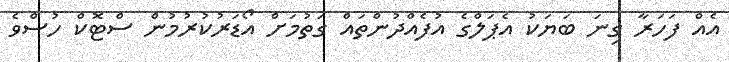
އެއް ފަހަރާ ގިނަ ބަޔަކު އެޕަލްގެ އުފެއްދުންތައް ގަތުމަށް އޯޑަރުކުރުމުން ސްޓޮކް ހުސްވެ